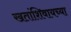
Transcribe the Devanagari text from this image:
खतांशिवायच्या